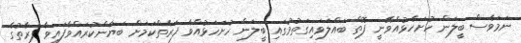
ނަމަވެސް ބީލަން ހުށަހެޅުއްވޭނީ ފޮތް ބައްލަވައިގަތުމުގައި ބީލަން ހުށަހަޅުއްވާ ފަރާތްކަމަށް ބަޔާންކުރައްވާފައިވާ ފަރާތުގެ